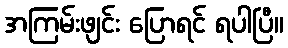
အကြမ်းဖျင်း ပြောရင် ရပါပြီ။